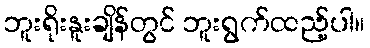
ဘူးရိုးနူးချိန်တွင် ဘူးရွက်ထည့်ပါ။